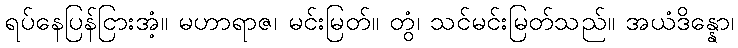
ရပ်နေပြန်ငြားအံ့။ မဟာရာဇ၊ မင်းမြတ်။ တွံ၊ သင်မင်းမြတ်သည်။ အယံဒိန္နော၊